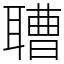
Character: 䏆